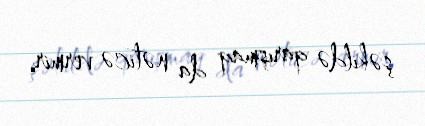
şəkildə qarışmaq da nəticə vermir.